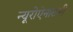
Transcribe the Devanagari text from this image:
न्यूरोऐनाटमी